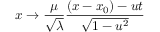
x \rightarrow \frac { \mu } { \sqrt { \lambda } } \frac { ( x - x _ { 0 } ) - u t } { \sqrt { 1 - u ^ { 2 } } }